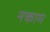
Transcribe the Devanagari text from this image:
नकाम